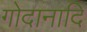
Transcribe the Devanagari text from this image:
गोदानादि